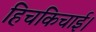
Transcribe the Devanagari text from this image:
हिचकिचाई।